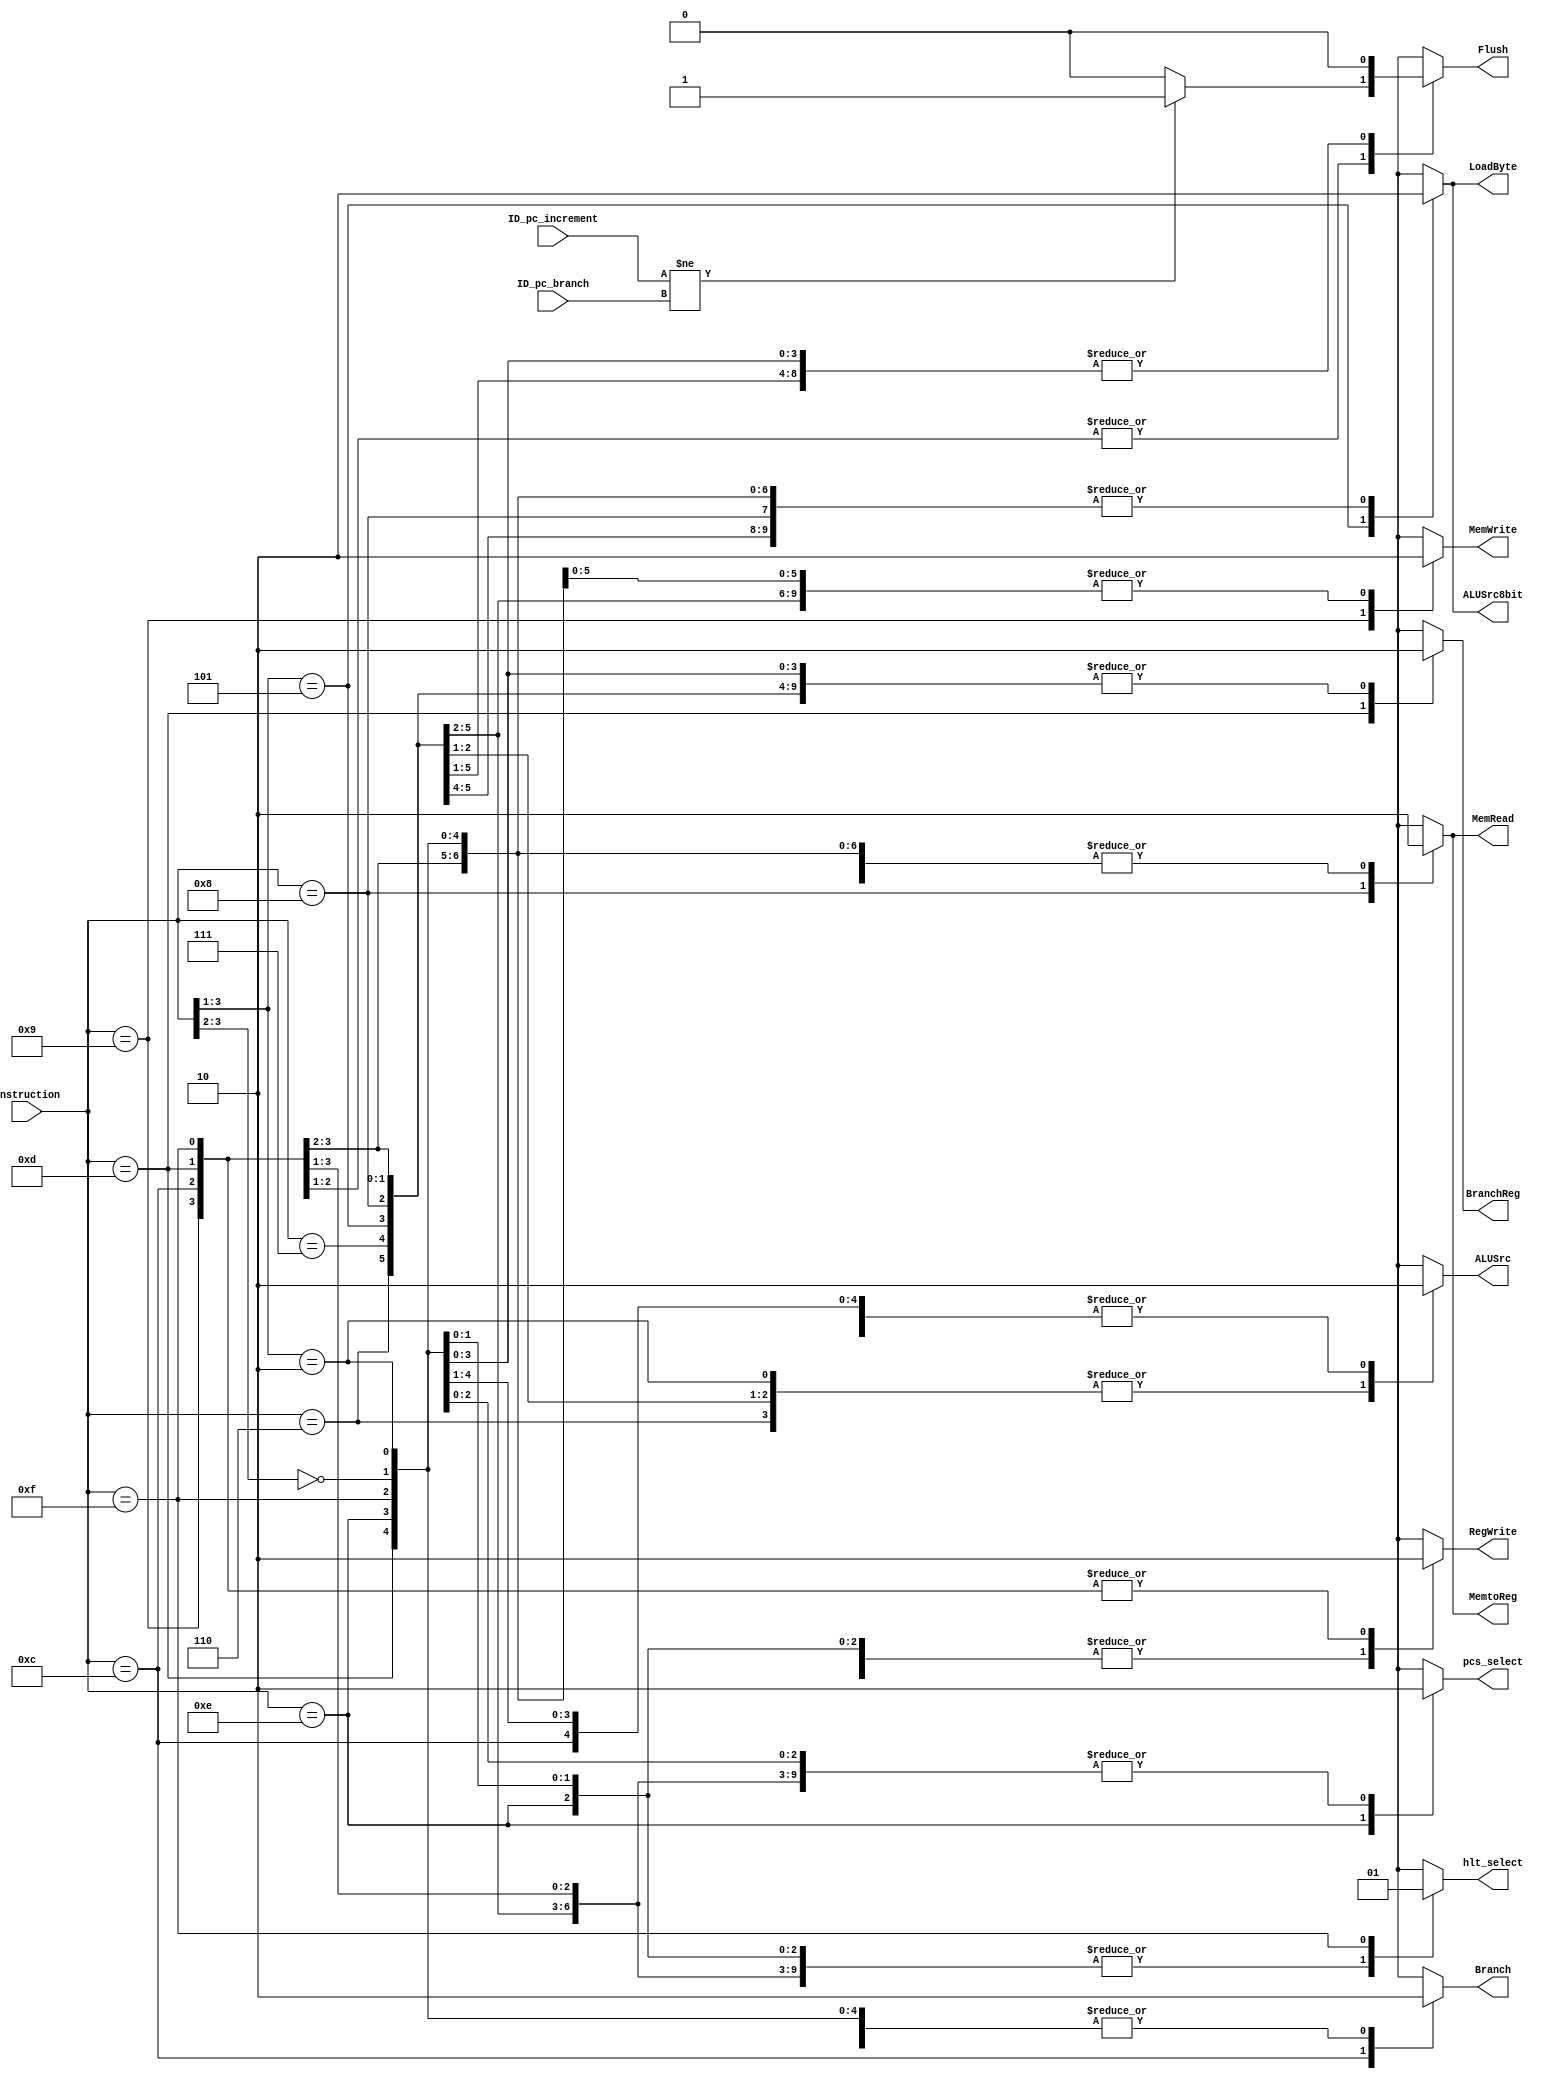
/*
 * Control.v
 * Shawn Zhu
 * ECE552
 */
module Control(
    input [3:0] instruction,
    //input both the incremented pc and the branch calculated
    input [15:0] ID_pc_increment,
    input [15:0] ID_pc_branch,
    output reg RegWrite,
    output reg MemRead,
    output reg MemWrite,
    output reg Branch,
    output reg BranchReg,
    output reg MemtoReg,
    output reg ALUSrc,
    output reg pcs_select,
    output reg hlt_select,
    output reg ALUSrc8bit,
    output reg LoadByte,
    output reg Flush
    //input both the incremented pc 
    //input the branch calculated
);

reg error;

//Decode Stage
//assign control signals
// operate on 2 registers ADD 0000, SUB 0001, XOR 0010, RED 0011
// operate on 2 registers part 2 PADDSB 0111
// operate on one register and 4 bit imm SLL 0100, SRA 0101
// operate on one register and 4 bit imm part 2 ROR 0110
// operate on one register and 8 bit imm LLB 1010, LHB 1011
// load LW 1000
// store SW 1001
// branch B 1100
// branch register BR 1101
// pcstore PCS 1110
// halt HLT 1111
always @ (*) begin
    // Default values
    RegWrite  = 1'b0;
    MemRead = 1'b0;
    MemWrite = 1'b0;
    Branch = 1'b0;
    BranchReg = 1'b0;
    MemtoReg = 1'b0;
    ALUSrc = 1'b0;
    pcs_select = 1'b0;
    hlt_select = 1'b0;
    ALUSrc8bit = 1'b0;
    LoadByte = 1'b0;
    Flush = 1'b0;
    error = 1'b0;

    // Decode the instruction
    casex (instruction)
    	4'b00xx: begin      // operate on 2 registers ADD 0000, SUB 0001, XOR 0010, RED 0011
            RegWrite = 1'b1;
        end
        4'b010x: begin      // operate on one register and 4 bit imm SLL 0100, SRA 0101
            RegWrite = 1'b1;
            ALUSrc = 1'b1;
        end
         4'b0110: begin      // operate on one register and 4 bit imm part 2 ROR 0110
            RegWrite = 1'b1;
            ALUSrc = 1'b1;
        end
        4'b0111: begin      // operate on 2 registers part 2 PADDSB 0111
            RegWrite  = 1'b1;
        end
        4'b101x: begin      // operate on one register and 8 bit imm LLB 1010, LHB 1011
            RegWrite = 1'b1;
            ALUSrc8bit = 1'b1;
            LoadByte = 1'b1;
        end
        4'b1000: begin      //lw
            RegWrite  = 1'b1;
            MemRead = 1'b1;
            ALUSrc = 1'b1;
            MemtoReg = 1'b1;
        end
        4'b1001: begin      //sw
            MemWrite = 1'b1;
            ALUSrc = 1'b1;
        end
        4'b1100: begin      // branch B 1100
            Branch = 1'b1;

            //compare the branches if they aren't the same, set the flush to 1.
            Flush = (ID_pc_increment != ID_pc_branch) ? 1'b1 : 1'b0;
        end
        4'b1101: begin      // branch register BR 1101
            BranchReg = 1'b1;

            //compare the branches if they aren't the same, set the flush to 1.
            Flush = (ID_pc_increment != ID_pc_branch) ? 1'b1 : 1'b0;
            
        end
        4'b1110: begin     // pcstore PCS 1110
            RegWrite  = 1'b1;
            pcs_select = 1'b1;
        end
        4'b1111: begin      // halt HLT 1111
            hlt_select = 1'b1;  
        end
        default: begin
            error = 1;
        end
    endcase
end

endmodule